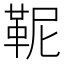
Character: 𩉹